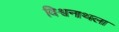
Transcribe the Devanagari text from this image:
विश्वनाथला